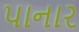
પાનાર